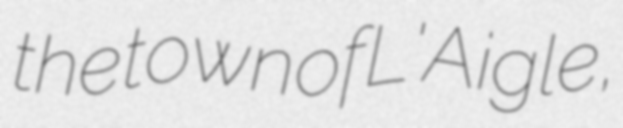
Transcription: the town of L'Aigle,